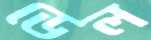
ডেল